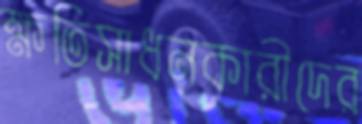
ক্ষতিসাধনকারীদের